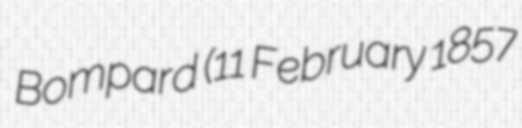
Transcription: Bompard (11 February 1857